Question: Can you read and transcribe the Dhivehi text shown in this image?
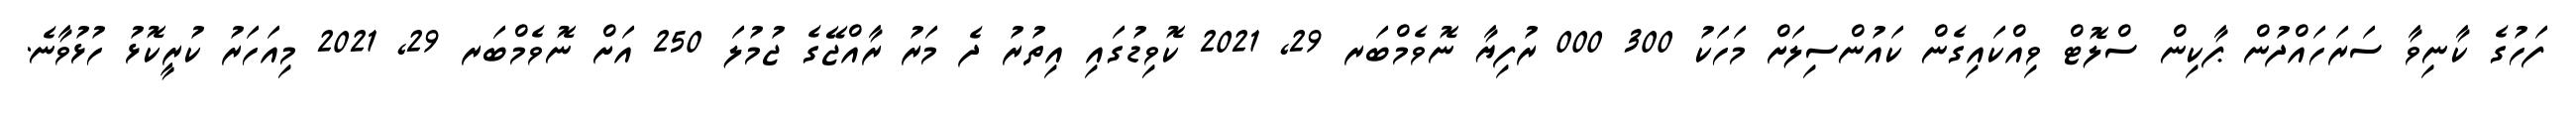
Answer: ފަހުގެ ކާނިވާ ސަރަހައްދުން ޕާކިން ސްލޮޓް ވިއްކައިގެން ކައުންސިލަށް މަހަކު 300 000 ރުފިޔާ ނޮވެމްބަރ 29, 2021 ކޮވިޑުގައި އިތުރު ދެ މަރު ރާއްޖޭގެ ޖުމުލަ 250 އަށް ނޮވެމްބަރ 29, 2021 މިއަހަރު ކުރީކޮޅު ހުޅުވާނެ.